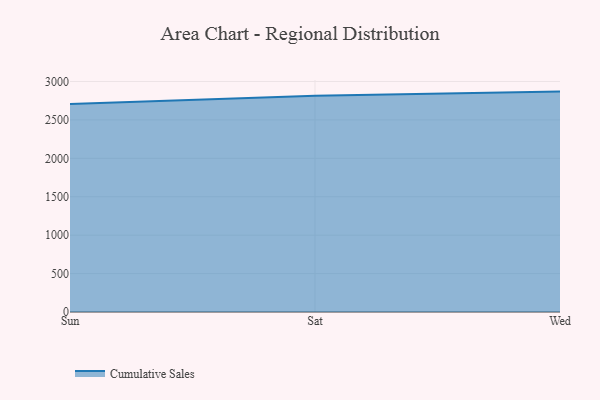
{"axis": {"x": "Day", "y": "Latency (ms)"}, "legend": ["Cumulative Sales"], "data": [{"x": "Sun", "y": 2706.6, "type": "Cumulative Sales"}, {"x": "Sat", "y": 2814.5, "type": "Cumulative Sales"}, {"x": "Wed", "y": 2868.6, "type": "Cumulative Sales"}]}